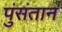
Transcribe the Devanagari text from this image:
पुंसंतान